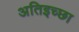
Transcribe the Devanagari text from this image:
अतिइच्छा